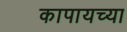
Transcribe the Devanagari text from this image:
कापायच्या